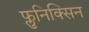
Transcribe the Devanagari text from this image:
फ्लुनिक्सिन